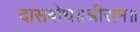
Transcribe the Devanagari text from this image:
दासबोध॥श्रीराम॥